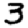
Digit: 3